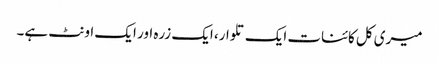
میری کل کائنات ایک تلوار، ایک زرہ اور ایک اونٹ ہے۔